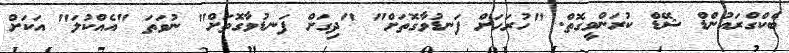
ބެކްގްރައުންޑް ޝޭޑް ކުރަންވީގޮތް. "ހުރަހަށް ފަނޑުވާގޮތަށް" "ދިގަށް ފަނޑުވާގޮތަށް" ނުވަތަ "އެއްކުލަ" އަކަށް